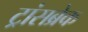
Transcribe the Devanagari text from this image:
ट्रांसब्रेक